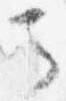
馬